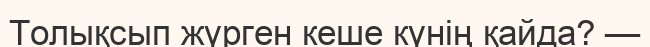
Толықсып жүрген кеше күнің қайда? —